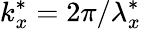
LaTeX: k_{x}^{\ast}=2\pi/\lambda_{x}^{\ast}